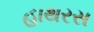
હાથરસ